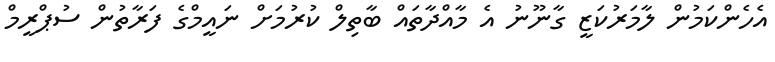
އެހެންކަމުން ލާމަރުކަޒީ ގާނޫނު އެ މާއްދާތައް ބާތިލް ކުރުމަށް ނައީމްގެ ފަރާތުން ސުޕްރީމް